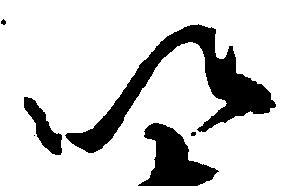
以